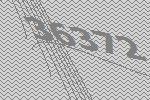
36372